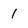
Character: 1